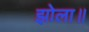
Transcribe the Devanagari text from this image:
झोला॥